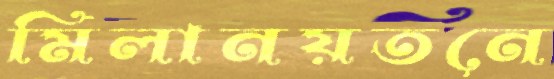
মিলানয়তনে